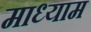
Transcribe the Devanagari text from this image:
माध्याम